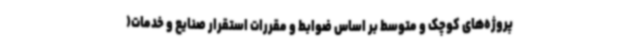
پروژه‌های کوچک و متوسط بر اساس ضوابط و مقررات استقرار صنایع و خدمات(